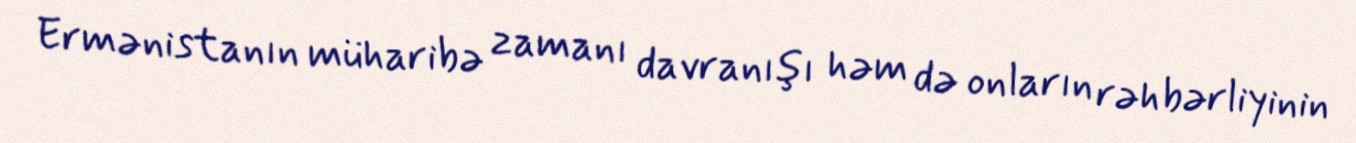
Ermənistanın müharibə zamanı davranışı həm də onların rəhbərliyinin